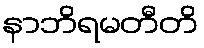
နာဘိရမတီတိ